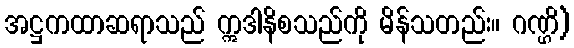
အဋ္ဌကထာဆရာသည် ဣဒါနိစသည်ကို မိန်သတည်း။ ဂဏ္ဌိ)